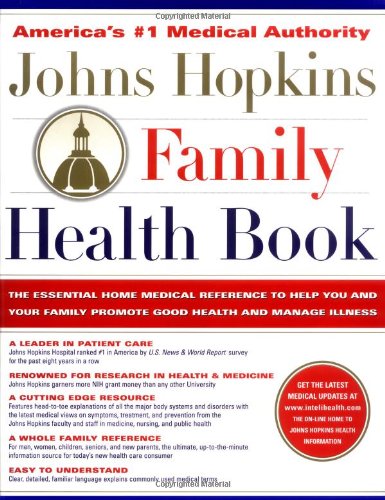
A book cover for The Johns Hopkins Family Health Book: The Essential Home Medical Reference to Help You and Your Family Promote Good Health and Manage Illness; Johns Hopkins University; Health, Fitness & Dieting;